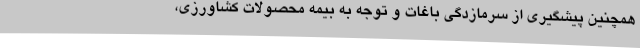
همچنین پیشگیری از سرمازدگی باغات و توجه به بیمه محصولات کشاورزی،